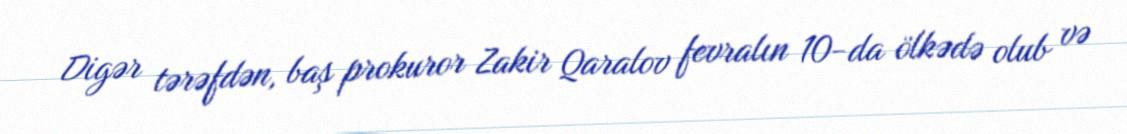
Digər tərəfdən, baş prokuror Zakir Qaralov fevralın 10-da ölkədə olub və